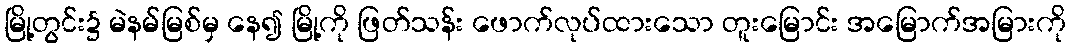
မြို့တွင်း၌ မဲနမ်မြစ်မှ နေ၍ မြို့ကို ဖြတ်သန်း ဖောက်လုပ်ထားသော တူးမြောင်း အမြောက်အမြားကို